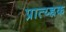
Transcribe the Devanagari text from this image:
प्रात्य्ह्रक